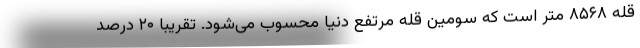
قله ۸۵۶۸ متر است که سومین قله مرتفع دنیا محسوب می‌شود. تقریبا ۲۰ درصد